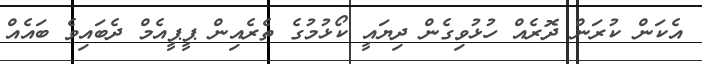
އެކަން ކުރަން ދޮރެއް ހުޅުވިގެން ދިޔައީ ކޯޅުމުގެ ތެރެއިން ޕީޕީއެމް ދެބައިވެ ބައެއް